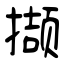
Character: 撷